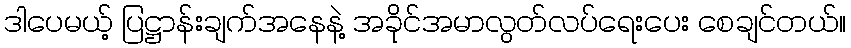
ဒါပေမယ့် ပြဋ္ဌာန်းချက်အနေနဲ့ အခိုင်အမာလွတ်လပ်ရေးပေး စေချင်တယ်။